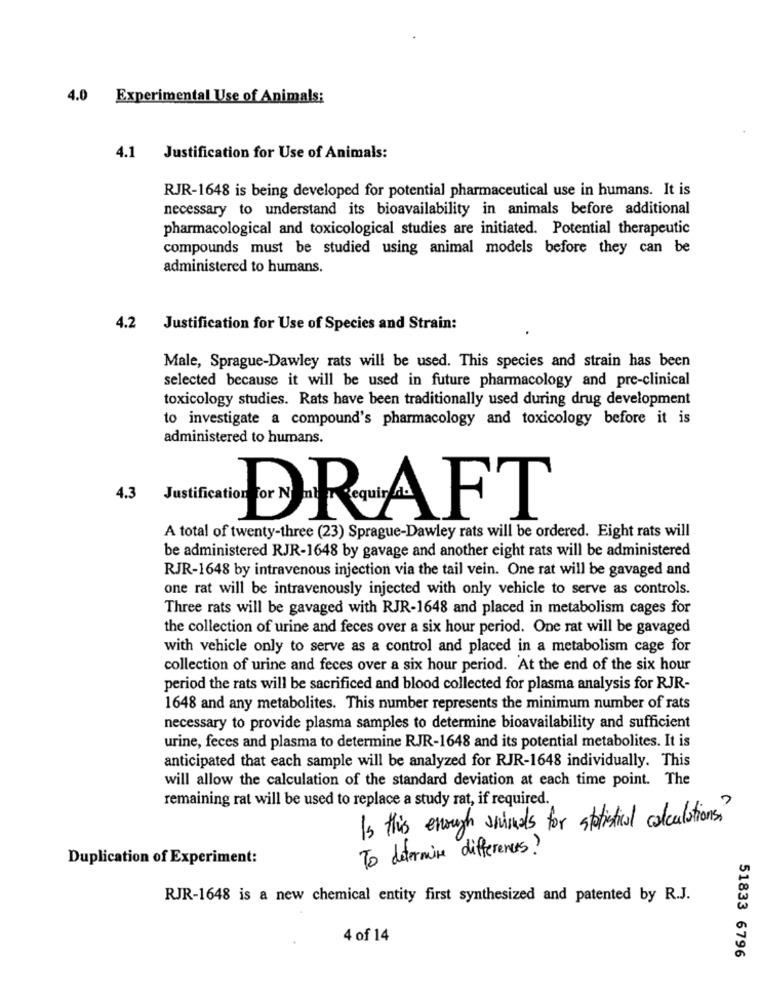
4.0 Experimental Use of Animals:
4.1 Justification for Use of Animals:
RJR-1648 is being developed for potential pharmaceutical use in humans. It is
necessary to understand its bioavailability in animals before additional
pharmacological and toxicological studies are initiated. Potential therapeutic
compounds must be studied using animal models before they can be
administered to humans.
4.2
Justification for Use of Species and Strain:
Male, Sprague-Dawley rats will be used. This species and strain has been
selected because it will be used in future pharmacology and pre-clinical
toxicology studies. Rats have been traditionally used during drug development
to investigate a compound's pharmacology and toxicology before it is
administered to humans.
4.3
Justi
DRAFT
A total of twenty-three (23) Sprague-Dawley rats will be ordered. Eight rats will
be administered RJR-1648 by gavage and another eight rats will be administered
RJR-1648 by intravenous injection via the tail vein. One rat will be gavaged and
one rat will be intravenously injected with only vehicle to serve as controls.
Three rats will be gavaged with RJR-1648 and placed in metabolism cages for
the collection of urine and feces over a six hour period. One rat will be gavaged
with vehicle only to serve as a control and placed in a metabolism cage for
collection of urine and feces over a six hour period. At the end of the six hour
period the rats will be sacrificed and blood collected for plasma analysis for RJR-
1648 and any metabolites. This number represents the minimum number of rats
necessary to provide plasma samples to determine bioavailability and sufficient
urine, feces and plasma to determine RJR-1648 and its potential metabolites. It is
anticipated that each sample will be analyzed for RJR-1648 individually. This
will allow the calculation of the standard deviation at each time point. The
remaining rat will be used to replace a study rat, if required.
Is this enough awinds for statistical calculations?
To determine differences?
Duplication of Experiment:
RJR-1648 is a new chemical entity first synthesized and patented by R.J.
4 of 14
51833 6796